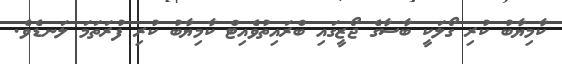
ކާމިޔާބު ކުރި ގޯލަކީ ބާސާގެ ޖޯޒީގައި ބްރައިތުވެއިޓް ކާމިޔާބު ކުރި ފުރަތަމަ ލަނޑެވެ.